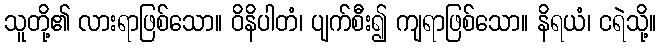
သူတို့၏ လားရာဖြစ်သော။ ဝိနိပါတံ၊ ပျက်စီး၍ ကျရာဖြစ်သော။ နိရယံ၊ ငရဲသို့။